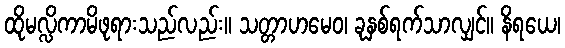
ထိုမလ္လိကာမိဖုရားသည်လည်း။ သတ္တာဟမေဝ၊ ခုနှစ်ရက်သာလျှင်။ နိရယေ၊